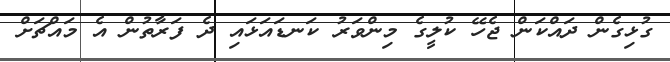
ގުޅިގެން ދައްކަން ޖެހޭ ކުލީގެ މިންވަރު ކަނޑައަޅައި ދެ ފަރާތުން އެ މައްޗަށް